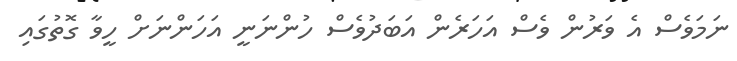
ނަމަވެސް އެ ވަރުން ވެސް އަހަރެން އަބަދުވެސް ހުންނަނީ އަހަންނަށް ހީވާ ގޮތުގައި